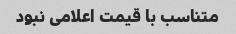
متناسب با قیمت اعلامی نبود